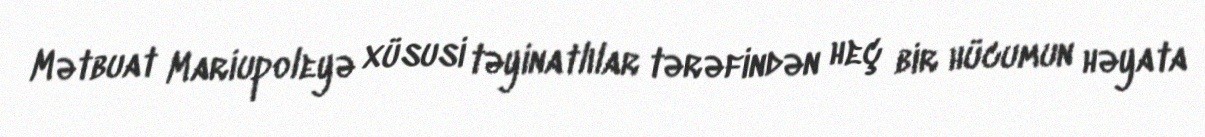
Mətbuat Mariupoleyə xüsusi təyinatlılar tərəfindən heç bir hücumun həyata